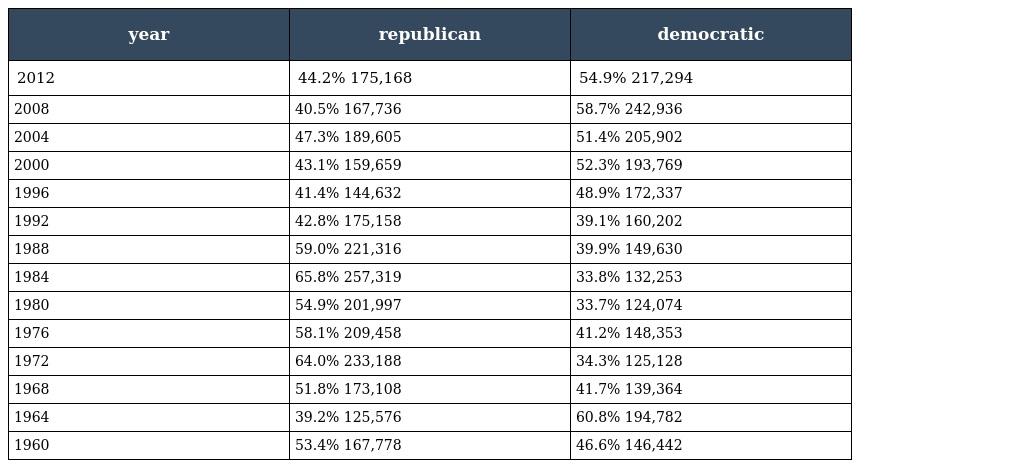
| year | republican | democratic |
 | --- | --- | --- |
 | 2012 | 44.2% 175,168 | 54.9% 217,294 |
 | 2008 | 40.5% 167,736 | 58.7% 242,936 |
 | 2004 | 47.3% 189,605 | 51.4% 205,902 |
 | 2000 | 43.1% 159,659 | 52.3% 193,769 |
 | 1996 | 41.4% 144,632 | 48.9% 172,337 |
 | 1992 | 42.8% 175,158 | 39.1% 160,202 |
 | 1988 | 59.0% 221,316 | 39.9% 149,630 |
 | 1984 | 65.8% 257,319 | 33.8% 132,253 |
 | 1980 | 54.9% 201,997 | 33.7% 124,074 |
 | 1976 | 58.1% 209,458 | 41.2% 148,353 |
 | 1972 | 64.0% 233,188 | 34.3% 125,128 |
 | 1968 | 51.8% 173,108 | 41.7% 139,364 |
 | 1964 | 39.2% 125,576 | 60.8% 194,782 |
 | 1960 | 53.4% 167,778 | 46.6% 146,442 |